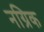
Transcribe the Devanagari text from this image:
नग्रिक